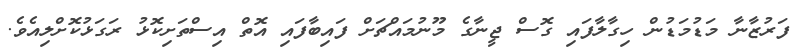
ފަރުޒާނާ މަޑުމަޑުން ހިގާލާފައި ގޮސް ޖީނާގެ މޫނުމައްޗަށް ފައިބާފައި އޮތް އިސްތަށިކޮޅު ރަގަޅުކޮށްލިއެވެ.